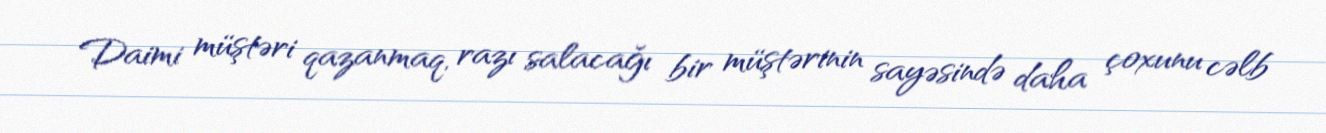
Daimi müştəri qazanmaq, razı salacağı bir müştərinin sayəsində daha çoxunu cəlb